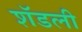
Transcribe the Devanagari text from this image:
शॅडली